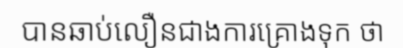
បានឆាប់លឿនជាងការគ្រោងទុក ថា